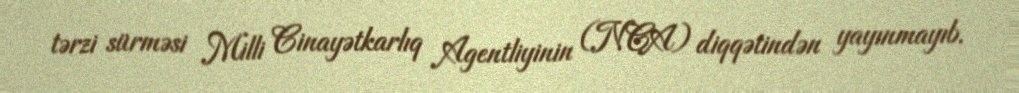
tərzi sürməsi Milli Cinayətkarlıq Agentliyinin (NCA) diqqətindən yayınmayıb.